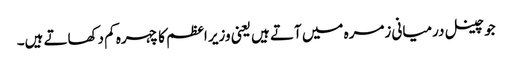
جو چینل درمیانی زمرہ میں آتے ہیں یعنی وزیر اعظم کا چہرہ کم دکھاتے ہیں۔